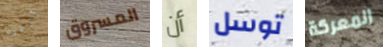
أدعوه المسروق أن توسل المعركة